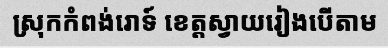
ស្រុកកំពង់រោទ៍ ខេត្តស្វាយរៀងបើតាម